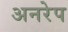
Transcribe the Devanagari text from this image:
अनरेप